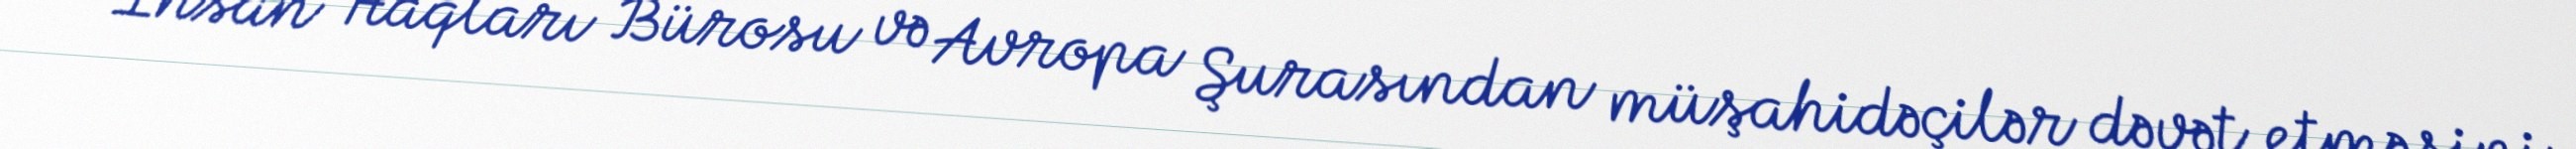
və İnsan Haqları Bürosu və Avropa Şurasından müşahidəçilər dəvət etməsini